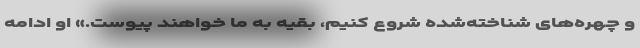
و چهره‌های شناخته‌شده شروع کنیم، بقیه به ما خواهند پیوست.» او ادامه